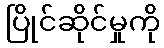
ပြိုင်ဆိုင်မှုကို